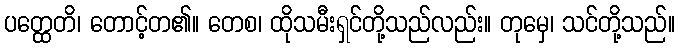
ပတ္ထေတိ၊ တောင့်တ၏။ တေစ၊ ထိုသမီးရှင်တို့သည်လည်း။ တုမှေ၊ သင်တို့သည်။